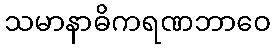
သမာနာဓိကရဏဘာဝေ